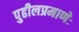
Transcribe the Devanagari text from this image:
पुढीलप्रमाणेः